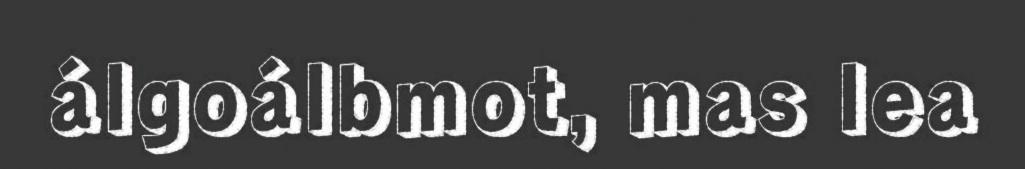
álgoálbmot, mas lea